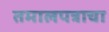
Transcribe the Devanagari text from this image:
तमालपत्राचा